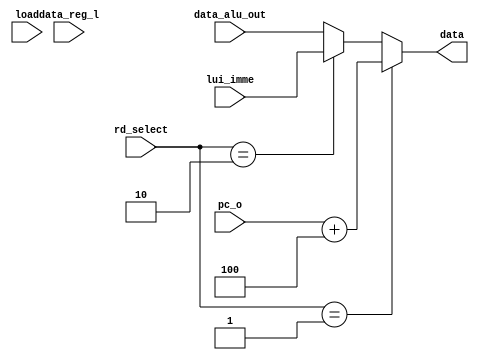
module regfile_mux (
    input wire [31:0] data_alu_out,
    input wire [31:0] data_reg_l,
    input wire [31:0] pc_o,
    input wire [1:0] rd_select,
    input wire load,
    input wire [31:0]lui_imme,
    output reg [31:0] data
);
      
    always @(*) begin
       if(load)begin
        data=data_reg_l;

       end
      
        if (rd_select==2'b01)
             begin
                data = pc_o +32'd4;
            end
        else if (rd_select==2'b10)
             begin
                data = lui_imme;
            end
             else
            data=data_alu_out;
             end
    
 endmodule
// module rd_mux (
//     input wire [31:0] alu_o,
//     input wire [31:0] pc_o,
//     input wire [1:0] rd_select,
//     output reg [31:0] rd_o
// );

//     always @(*) begin
       
//     end
// endmodule